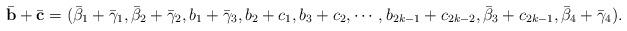
LaTeX: \begin{align*}\bar{\mathbf{b}}+\bar{\mathbf{c}}=(\bar{\beta}_1+\bar{\gamma}_1,\bar{\beta}_2+\bar{\gamma}_2,b_1+\bar{\gamma}_3,b_2+c_1,b_3+c_2,\cdots,b_{2k-1}+c_{2k-2},\bar{\beta}_3+c_{2k-1},\bar{\beta}_4+\bar{\gamma}_4).\end{align*}